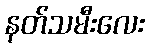
နတ်သမီးလေး